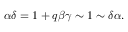
\alpha \delta = 1 + q \beta \gamma \sim 1 \sim \delta \alpha .